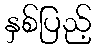
နှစ်ပြည့်